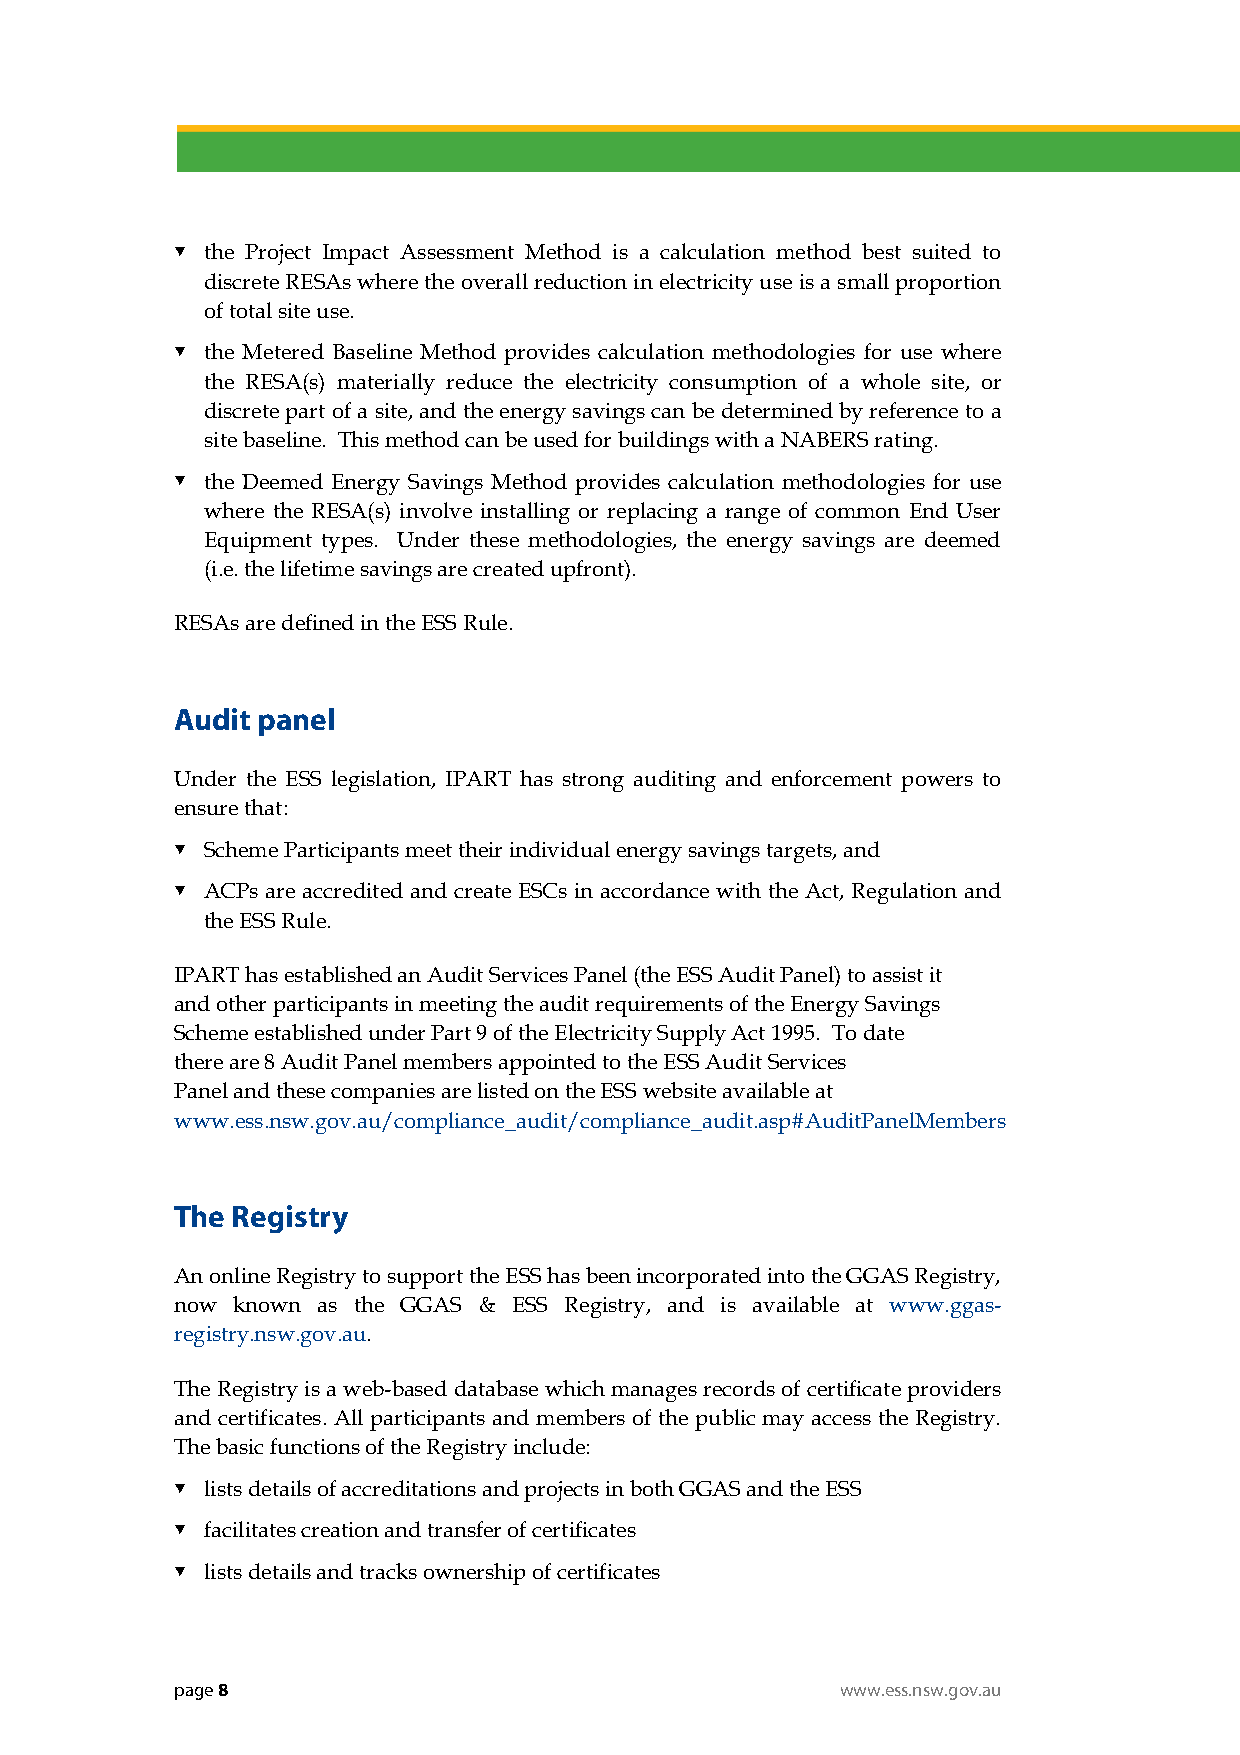
 the Project Impact Assessment Method is a calculation method best suited to
 discrete RESAs where the overall reduction in electricity use is a small proportion
 of total site use.
  the Metered Baseline Method provides calculation methodologies for use where
 the RESA(s) materially reduce the electricity consumption of a whole site, or
 discrete part of a site, and the energy savings can be determined by reference to a
 site baseline. This method can be used for buildings with a NABERS rating.
  the Deemed Energy Savings Method provides calculation methodologies for use
 where the RESA(s) involve installing or replacing a range of common End User
 Equipment types. Under these methodologies, the energy savings are deemed
 (i.e. the lifetime savings are created upfront).
 RESAs are defined in the ESS Rule.
 Audit panel
 Under the ESS legislation, IPART has strong auditing and enforcement powers to
 ensure that:
  Scheme Participants meet their individual energy savings targets, and
  ACPs are accredited and create ESCs in accordance with the Act, Regulation and
 the ESS Rule.
 IPART has established an Audit Services Panel (the ESS Audit Panel) to assist it
 and other participants in meeting the audit requirements of the Energy Savings
 Scheme established under Part 9 of the Electricity Supply Act 1995. To date
 there are 8 Audit Panel members appointed to the ESS Audit Services
 Panel and these companies are listed on the ESS website available at
 www.ess.nsw.gov.au/compliance_audit/compliance_audit.asp#AuditPanelMembers
 The Registry
 An online Registry to support the ESS has been incorporated into the GGAS Registry,
 now known as the GGAS & ESS Registry, and is available at www.ggas-
 registry.nsw.gov.au.
 The Registry is a web-based database which manages records of certificate providers
 and certificates. All participants and members of the public may access the Registry.
 The basic functions of the Registry include:
  lists details of accreditations and projects in both GGAS and the ESS
  facilitates creation and transfer of certificates
  lists details and tracks ownership of certificates
 page 8                                      www.ess.nsw.gov.au